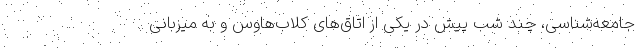
جامعه‌شناسی، چند شب پیش در یکی از اتاق‌های کلاب‌هاوس و به میزبانی